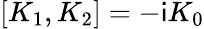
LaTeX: [K_{1},K_{2}]=-\mathsf{i}K_{0}